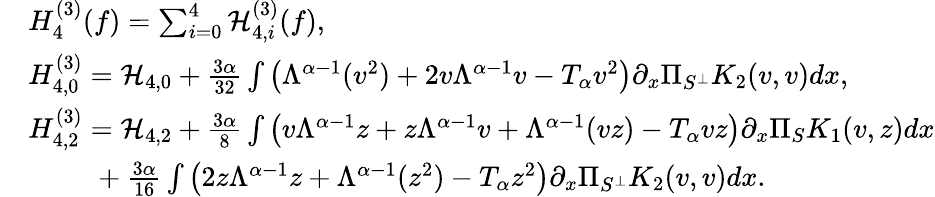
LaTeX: \begin{array}{rl}&{H_{4}^{(3)}(f)=\sum_{i=0}^{4}\mathcal{H}_{4,i}^{(3)}(f),}\\ &{H_{4,0}^{(3)}=\mathcal{H}_{4,0}+\frac{3\alpha}{32}\int\left(\Lambda^{\alpha-1}(v^{2})+2v\Lambda^{\alpha-1}v-T_{\alpha}v^{2}\right)\partial_{x}\Pi_{S^{\perp}}K_{2}(v,v)dx,}\\ &{H_{4,2}^{(3)}=\mathcal{H}_{4,2}+\frac{3\alpha}{8}\int\left(v\Lambda^{\alpha-1}z+z\Lambda^{\alpha-1}v+\Lambda^{\alpha-1}(vz)-T_{\alpha}vz\right)\partial_{x}\Pi_{S}K_{1}(v,z)dx}\\ &{\quad\quad\ +\frac{3\alpha}{16}\int\left(2z\Lambda^{\alpha-1}z+\Lambda^{\alpha-1}(z^{2})-T_{\alpha}z^{2}\right)\partial_{x}\Pi_{S^{\perp}}K_{2}(v,v)dx.}\end{array}